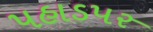
પહાડપર